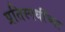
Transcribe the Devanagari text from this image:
प्रतिस्पर्धींच्या